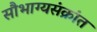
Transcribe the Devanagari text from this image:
सौभाग्यसंक्रांत